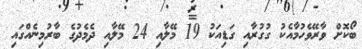
ބޯކޮށް ވާާރޭވެހުމާއެކު ގުގުރާއި ގަޑިއަކު 19 މޭލާއި 24 މޭލާއި ދެމެދުގެ ބާރުމިނެއްގައި